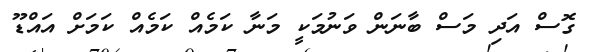
ގޮސް އަދި މަސް ބާނަން ވަނުމަކީ މަނާ ކަމެއް ކަމެއް ކަމަށް އައްޑޫ